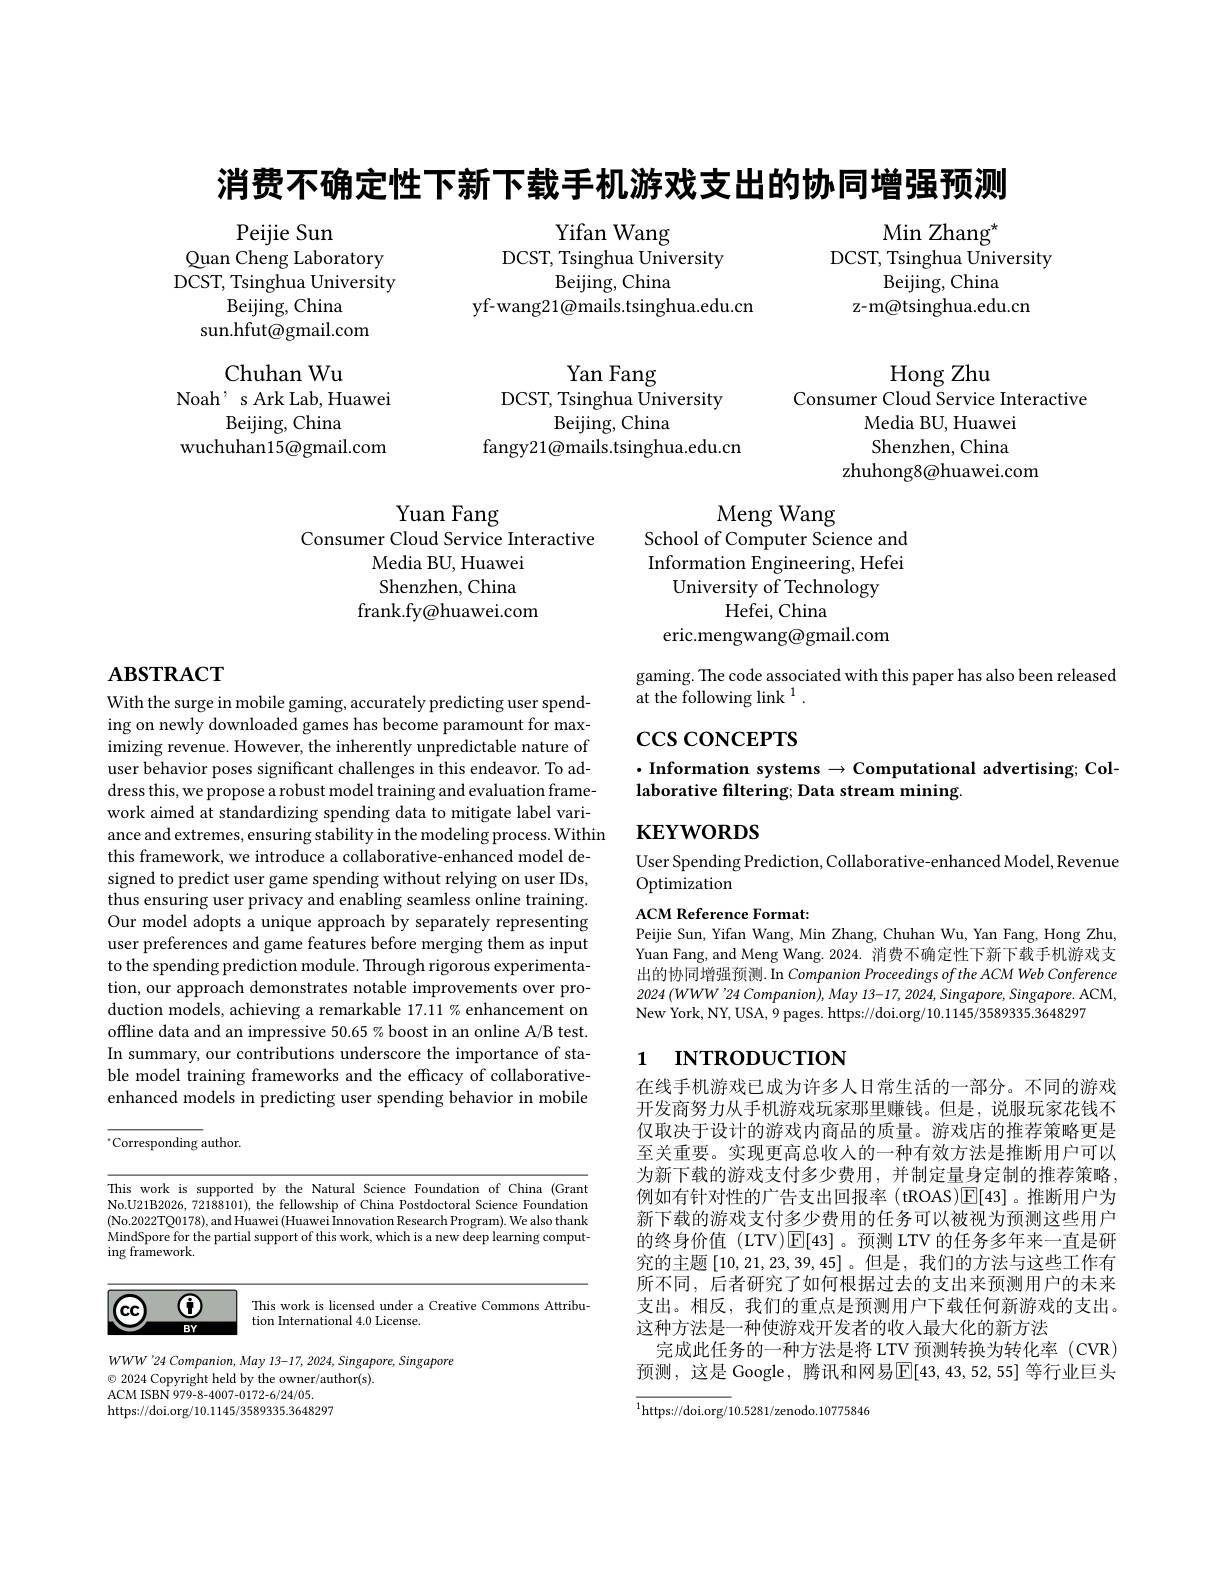
消费不确定性下新下载手机游戏支出的协同增强预测

Peijie Sun

Quan Cheng Laboratory

Yifan Wang
DCST, Tsinghua University
Beijing, China
yf-wang21@mails.tsinghua.edu.cn

Min Zhang$^{*}$
DCST, Tsinghua University
Beijing, China
z-m@tsinghua.edu.cn

DCST, Tsinghua University

Beijing, China

sun.hfut@gmail.com

Chuhan Wu
Noah' s Ark Lab, Huawei
Beijing, China
wuchuhan15@gmail.com

Yan Fang
DCST, Tsinghua University
Beijing, China
fangy21@mails.tsinghua.edu.cn

Hong Zhu
Consumer Cloud Service Interactive
Media BU, Huawei Shenzhen, China
zhuhong8@huawei.com

Yuan Fang
Consumer Cloud Service Interactive
Media BU, Huawei Shenzhen, China
frank.fy@huawei.com

Meng Wang
School of Computer Science and Information Engineering, Hefei
University of Technology
Hefei, China
eric.mengwang@gmail.com

# $\mathbf{ABSTRACT}$

gaming. The code associated with this paper has also been released
at the following link $^1$

$\csc\cos$coNCEPTS

# $\cdot$Information systems$\to$Computational advertising; Collaborative filtering; Data stream mining.

$\mathbf{KEYWORDS}$

User Spending Prediction, Collaborative-enhanced Model, Revenue
Optimization

With the surge in mobile gaming, accurately predicting user spending on newly downloaded games has become paramount for maximizing revenue. However, the inherently unpredictable nature of user behavior poses significant challenges in this endeavor. To address this, we propose a robust model training and evaluation framework aimed at standardizing spending data to mitigate label variance and extremes, ensuring stability in the modeling process. Within this framework, we introduce a collaborative-enhanced model designed to predict user game spending without relying on user IDs, thus ensuring user privacy and enabling seamless online training. Our model adopts a unique approach by separately representing user preferences and game features before merging them as input to the spending prediction module. Through rigorous experimentation, our approach demonstrates notable improvements over production models, achieving a remarkable 17.11 % enhancement on offline data and an impressive 50.65% boost in an online A/B test. In summary, our contributions underscore the importance of stable model training frameworks and the efficacy of collaborativeenhanced models in predicting user spending behavior in mobile

ACM Reference Format:
Peijie Sun, Yifan Wang, Min Zhang, Chuhan Wu, Yan Fang, Hong Zhu, Yuan Fang, and Meng Wang. 2024. 消费不确定性下新下载手机游戏支出的协同增强预测. In Companion Proceedings of the ACM Web Conference $2024\left(WWW^{\prime}24\text{ Companion), May 13-17, 2024, Singapore, Singapore. ACM,}\right)$ New York, NY, USA, 9 pages. https://doi.org/10.1145/3589335.3648297

# 1 INTRODUCTION

$^{*}$Corresponding author.

This work is supported by the Natural Science Foundation of China (Grant No.U21B2026, 72188101), the fellowship of China Postdoctoral Science Foundation (No.2022TQ0178),andHuawei(Huawei Innovation Research Program).We also thank MindSpore for the partial support of this work, which is a new deep learning computing framework.

在线手机游戏已成为许多人日常生活的一部分。不同的游戏开发商努力从手机游戏玩家那里赚钱。但是，说服玩家花钱不仅取决于设计的游戏内商品的质量。游戏店的推荐策略更是至关重要。实现更高总收入的一种有效方法是推断用户可以为新下载的游戏支付多少费用，并制定量身定制的推荐策略， 例如有针对性的广告支出回报率(tROAS)$\boxed{\mathrm{F}}[43]$。推断用户为新下载的游戏支付多少费用的任务可以被视为预测这些用户的终身价值(LTV)$\overline{\mathbb{E}}[43]$。预测 LTV 的任务多年来一直是研究的主题[10,21,23,39,45] 。但是，我们的方法与这些工作有所不同，后者研究了如何根据过去的支出来预测用户的未来支出。相反，我们的重点是预测用户下载任何新游戏的支出。这种方法是一种使游戏开发者的收入最大化的新方法
完成此任务的一种方法是将 LTV 预测转换为转化率 (CVR) 预测，这是 Google, 腾讯和网易$\boxed{\mathrm{E}}[43,43,52,55]$ 等行业巨头

$\textcircled{0}$

$\textcircled{\mathrm{cc}}$

This work is licensed under a Creative Commons Attribu-
tion International 4.0 License.

$BY$

$WWW'24$ Companion, May 13-17, 2024, Singapore, Singapore
$\odot$ 2024 Copyright held by the owner/author(s).
ACM ISBN 979- 8- 4007- 0172- 6/ 24/ 05. https://doi.org/10.1145/3589335.3648297

$\overline{^{1}\mathrm{https://doi.org/}}10.5281/$zenodo.10775846